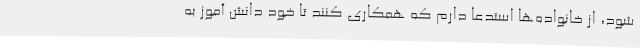
شود، از خانواده‌ها استدعا دارم که همکاری کنند تا خود دانش آموز به